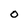
Character: O